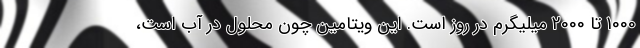
1000 تا 2000 میلیگرم در روز است. این ویتامین چون محلول در آب است،